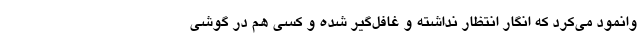
وانمود می‌کرد که انگار انتظار نداشته و غافل‌گیر شده و کسی هم در گوشی